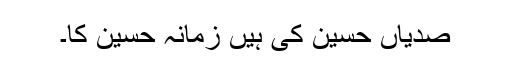
صدیاں حسینؓ کی ہیں زمانہ حسینؓ کا۔